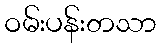
ဝမ်းပန်းတသာ